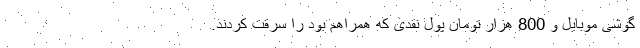
گوشی موبایل و 800 هزار تومان پول نقدی که همراهم بود را سرقت کردند.